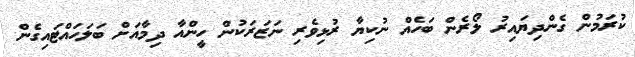
ކުރަމުން ގެންދިޔައިރު ލޯރެން ބަހެއް ނުކިޔާ ރުޅިވެރި ނަޒަރަކުން ހީންއާ ދިމާއަށް ބަލަހައްޓައިގެން